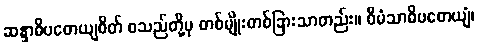
ဆန္ဒာဓိပတေယျစိတ် စသည်တို့မှ တစ်မျိုးတစ်ခြားသာတည်း။ ဝီမံသာဓိပတေယျံ၊